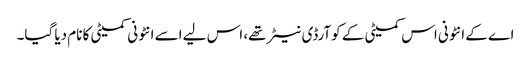
اے کے انٹونی اس کمیٹی کے کوآرڈی نیٹر تھے، اس لیے اسے انٹونی کمیٹی کا نام دیا گیا۔